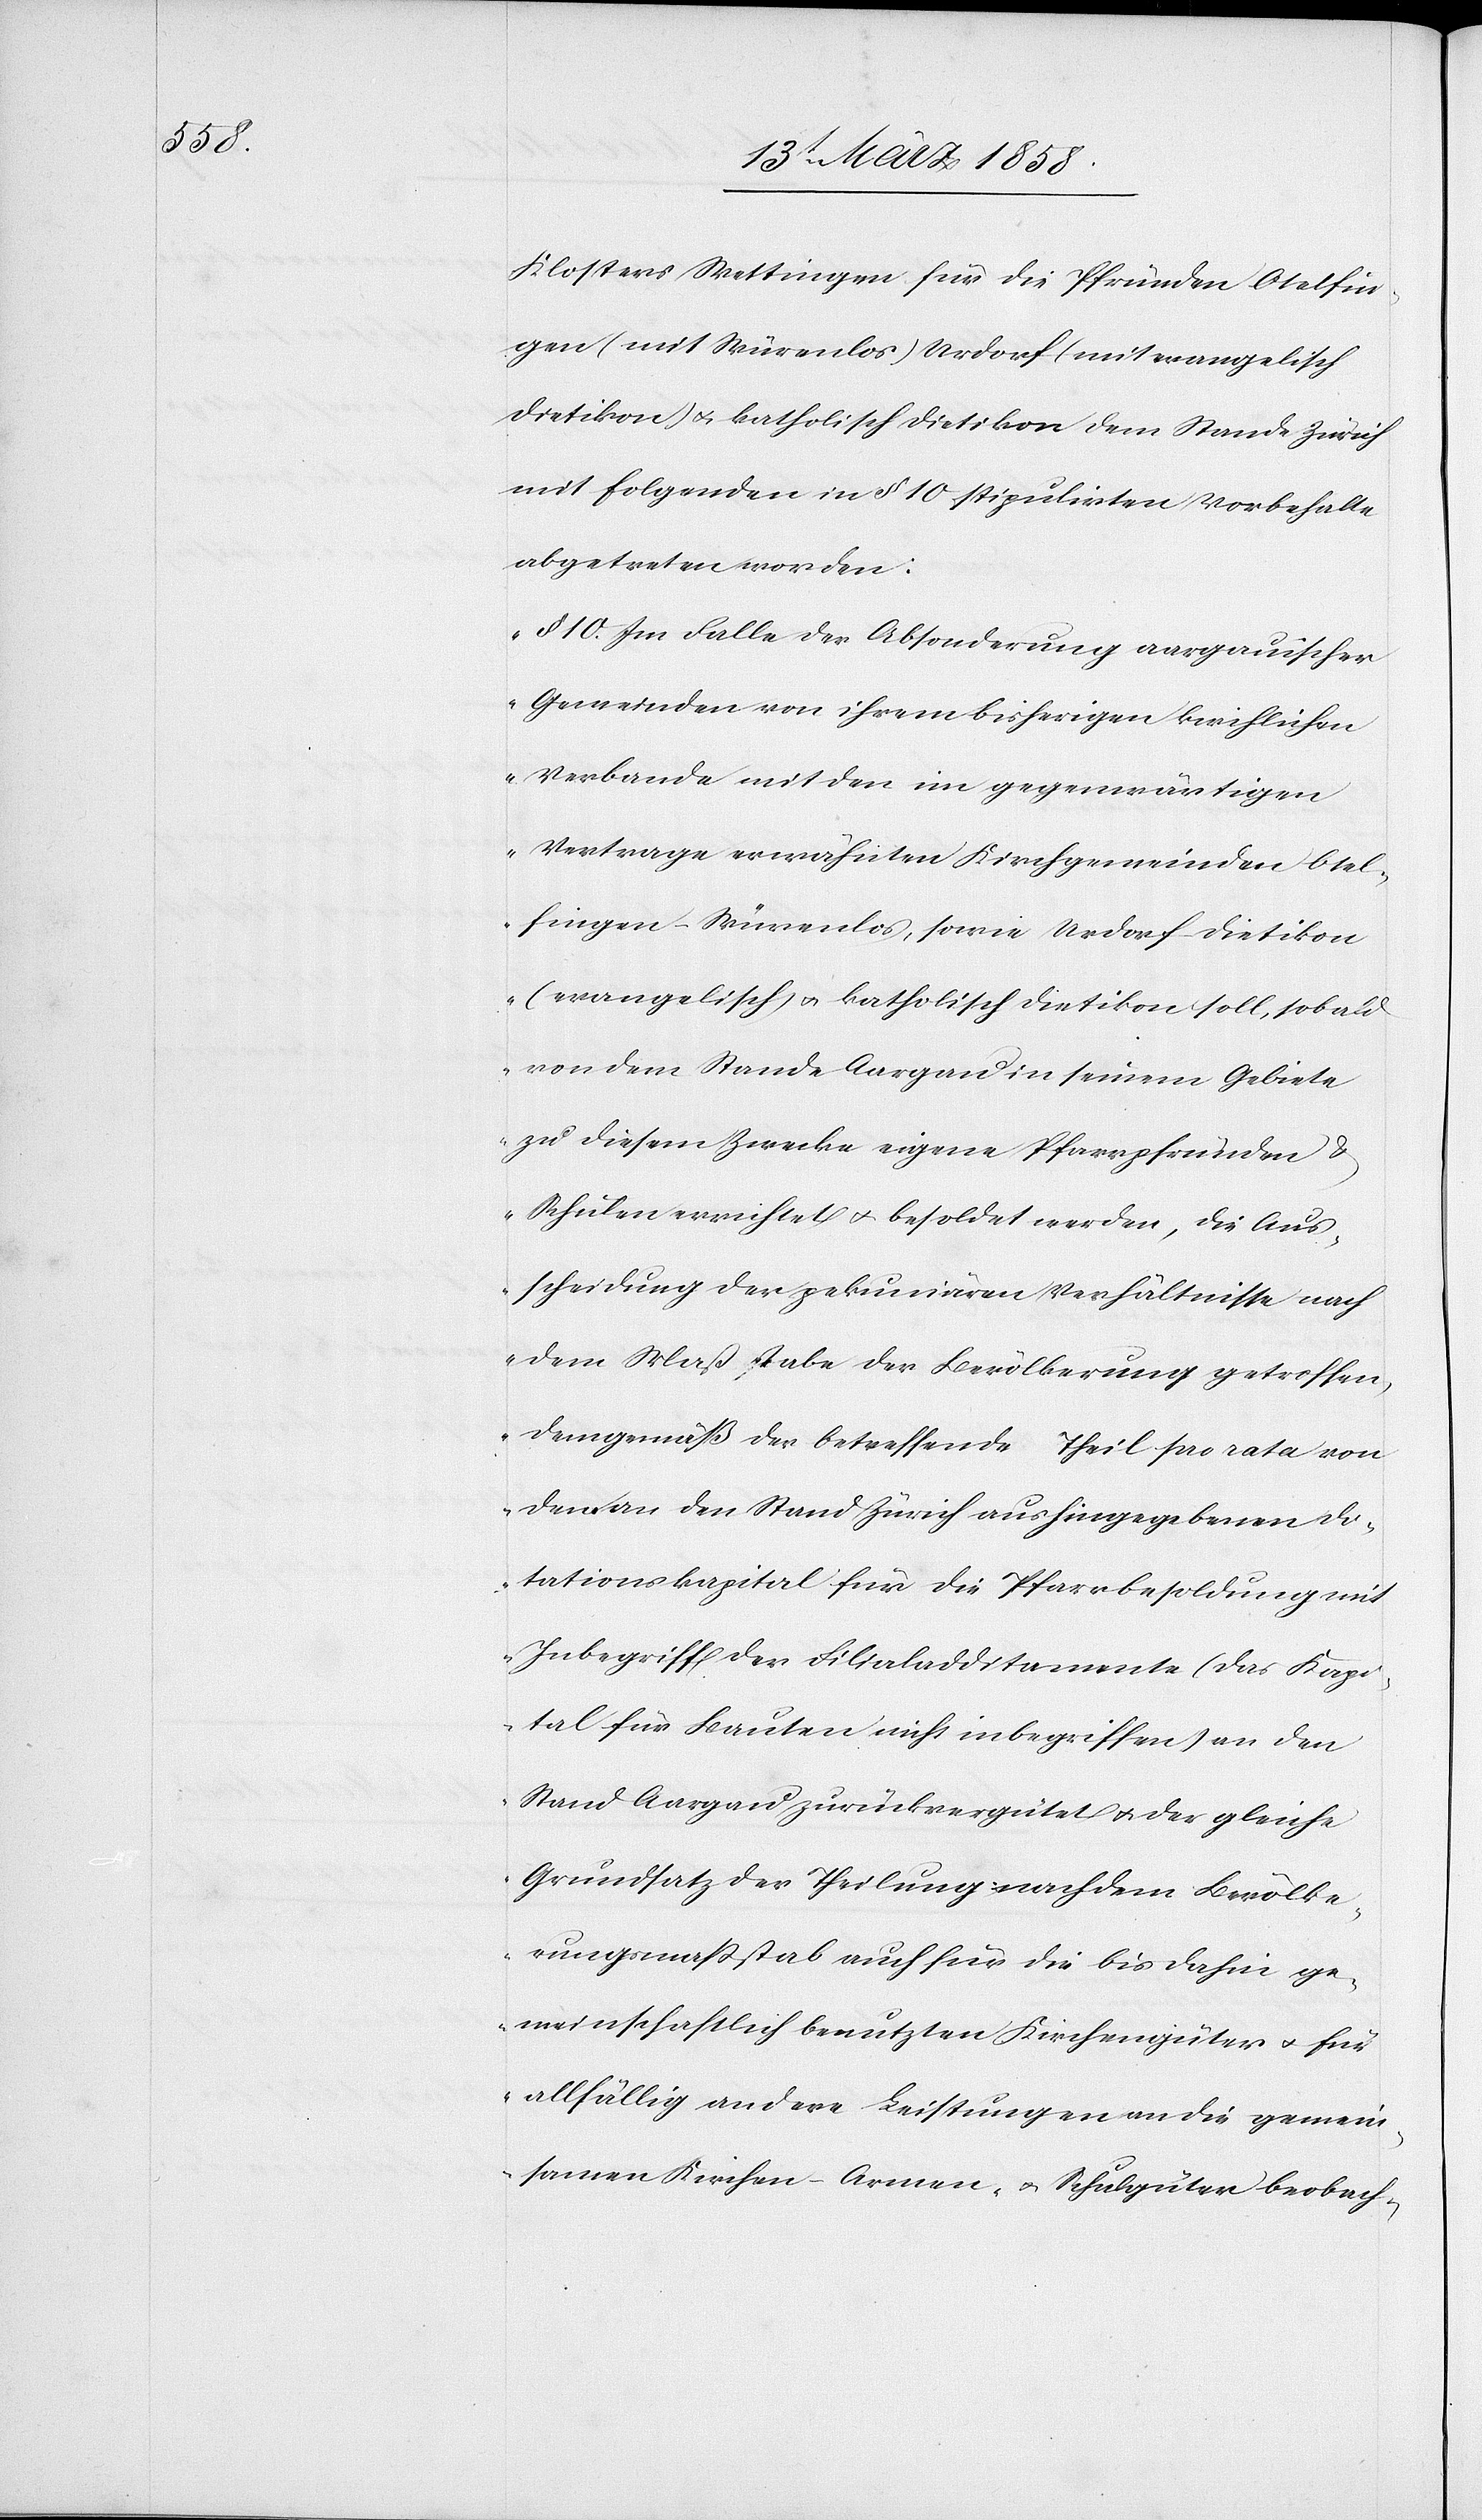
Klosters Wettingen für die Pfründe Otelfin¬
gen (mit Würenlos), Urdorf (mit evangelisch
Dietikon) u. katholisch Dietikon dem Stande Zürich
mit folgenden in § 10 stipulirten Vorbehalten
abgetreten worden:
„§ 10. Im Falle der Absonderung aargauischer
Gemeinden von ihrem bisherigen kirchlichen
Verbande mit den im gegenwärtigen
Vertrage erwähnten Kirchgemeinden Otel¬
fingen-Würenlos, sowie Urdorf-Dietikon
(evangelisch) u. katholisch Dietikon soll, sobald
von dem Stande Aargau in seinem Gebiete
zu diesem Zwecke eigene Pfarrpfründe u.
Schulen errichtet u. besoldet werden, die Aus¬
scheidung der pekuniären Verhältnisse nach
dem Maßstabe der Bevölkerung getroffen,
demgemäß der betreffende Theil pro rata von
dem an den Stand Zürich aushingegeben Do¬
tationskapital für die Pfarrbesoldung mit
Inbegriff der Filialadditamente (das Kapi¬
tal für Bauten nicht inbegriffen) an den
Stand Aargau zurückvergütet u. der gleiche
Grundsatz der Theilung nach dem Bevölke¬
rungsmaßstab auch für die bis dahin ge¬
meinschaftlich benutzten Kirchengüter u. für
allfällig andere Leistungen an die gemein¬
samen Kirchen-[,] Armen- u. Schulgüter beobach-